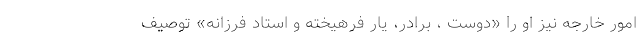
امور خارجه نیز او را «دوست ، برادر، یار فرهیخته و استاد فرزانه» توصیف